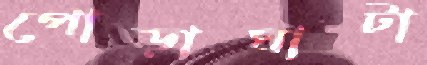
পোড়াঘাটা